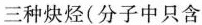
三种炔烃(分子中只含